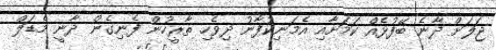
ޖަލަށް ދާނެ ބޭފުޅެއް ކަމަށާއި އެމަނިކުފާނު ދިވެހި ތާރީހުން ފެނިގެން ދާނީ މެޑަލް